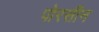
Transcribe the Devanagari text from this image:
पोरसीन